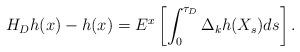
LaTeX: \begin{align*} H_Dh(x)-h(x)= E^x\left[\int_0^{\tau_D}\Delta_k h(X_s)ds\right].\end{align*}